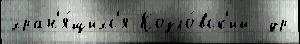
хран'я́щихс'я Козло́вск'ий  др